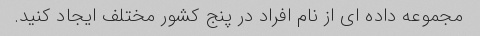
مجموعه داده ای از نام افراد در پنج کشور مختلف ایجاد کنید.